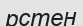
рстен